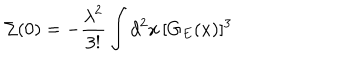
LaTeX: \Sigma ( 0 ) = - \frac { { \lambda } ^ { 2 } } { 3 ! } \int d ^ { 2 } x \, [ G _ { E } ( x ) ] ^ { 3 }